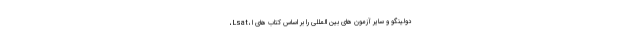
، Lsat، دولینگو و سایر آزمون های بین المللی را بر اساس کتاب های ا